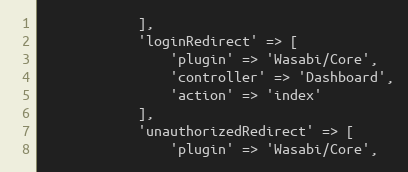
Language: PHP
            ],
            'loginRedirect' => [
                'plugin' => 'Wasabi/Core',
                'controller' => 'Dashboard',
                'action' => 'index'
            ],
            'unauthorizedRedirect' => [
                'plugin' => 'Wasabi/Core',